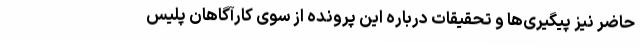
حاضر نیز پیگیری‌ها و تحقیقات درباره این پرونده از سوی کارآگاهان پلیس